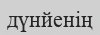
дүнйенің